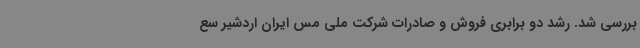
بررسی شد. رشد دو برابری فروش و صادرات شرکت ملی مس ایران اردشیر سع